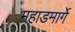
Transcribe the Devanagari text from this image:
महाडमार्गे